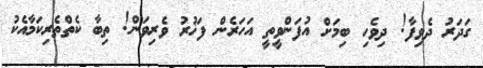
ގަދަރު ދެވިފާ! ދިވެހި ބިމަށް އުފަންވީތީ އަހަރެން ފަޚުރު ވެރިވަން! ތިބާ ކެތްތެރިކަމާއެކު